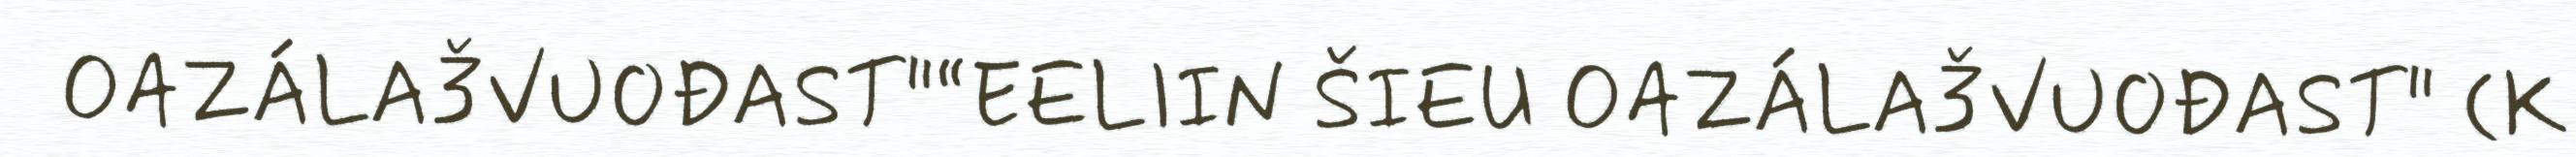
OAZÁLAǮVUOĐAST"“EELIIN ŠIEU OAZÁLAǮVUOĐAST" (K